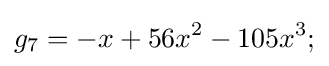
g_{7}=-x+56x^{2}-105x^{3};